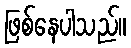
ဖြစ်နေပါသည်။